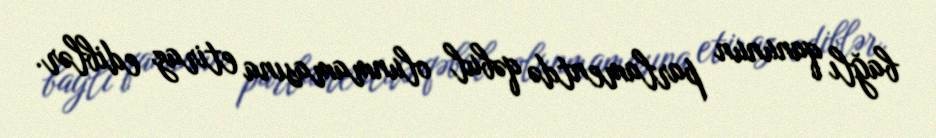
bağlı qanunun parlamentdə qəbul olunmamasına etiraz ediblər.